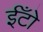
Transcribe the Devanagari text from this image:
ईँटो